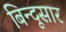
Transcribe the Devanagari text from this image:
बिन्दूसार